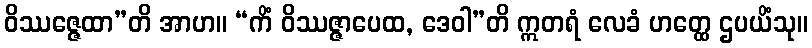
ဝိဿဇ္ဇေထာ”တိ အာဟ။ “ကိံ ဝိဿဇ္ဇာပေထ, ဒေဝါ”တိ ဣတရံ လေခံ ဟတ္ထေ ဌပယိံသု။